Report of the King Institute of Preventive Medicine, Guindy
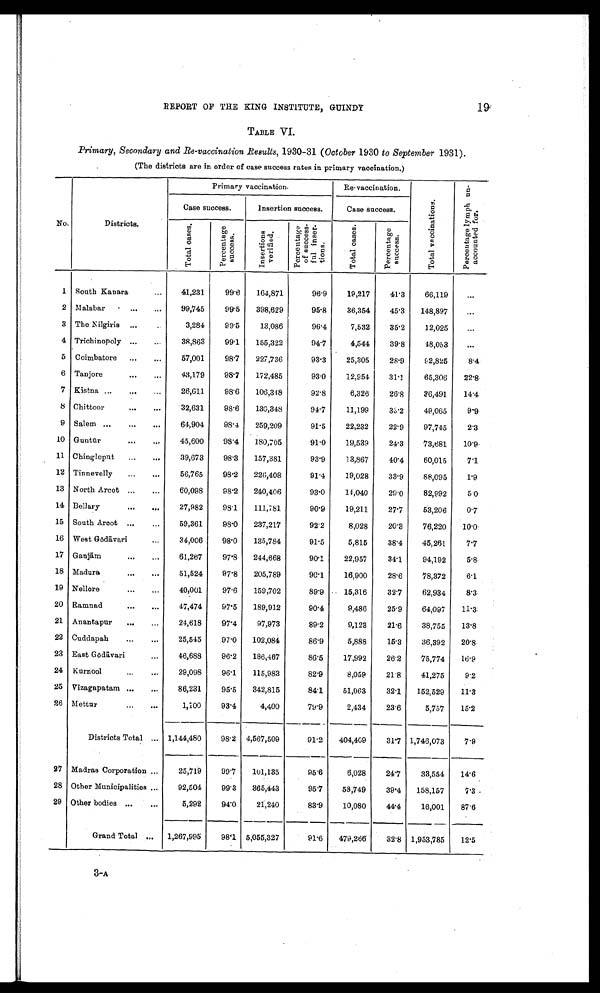
REPORT OF THE KING INSTITUTE, GUINDY
19
TABLE VI
Primary, Secondary and Re-vaccination Results, 1930-31 ( October 1930 to September 1931).
(The districts are in order of case success rates in primary vaccination.)
T o t a l c a s e s .
P e r c e n t a g e s u c c e s s .
I n s e r t i o n s v e r i f i e d .
P e r c e n t a g e o f s u c c e s s¬ f u l i n s e r ¬ t i o n s .
T o t a l c a s e s .
P e r c e n t a g e s u c c e s s .
1 South Kanara
41,231
99·6
164,871
96·9
19,217
41·3
66,119
2 Malabar
99,745
99·5
398,629
95·8
36,354
45·3
148,897
3 The Nilgiris
3,284
99·5
13,086
96·4
7,532
35·2
12,025
4 Trichinopoly
38,863
99·1
155,322
94·7
4,544
39·8
48,053
5 Coimbatore
57,001
98·7
227,736
93·3
25,305
28·9
92,825
8·4
6 Tanjore
43,179
98·7
172,485
93·0
12,954
31·1
65,306
22·8 .
7 Kistna
26,611
98·6
106,348
92·8
6,326
26·8
36,491
14·4
8 Chittoor
32,631
98·6
130,348
94·7
11,199
3 3 · 2
49,065
9·9
9 Salem
64,904
98·4
259,209
91·5
22,232
22·9
97,745
2·3
10 Guntūr
45,600
98·4
180,705
91·0
19,539
24·3
73,681
10·9
11 Chingleput
39,673
98·3
157,381
93·9
13,867
40·4
60,015
7·1
12 Tinnevelly
56,765
98·2
226,408
91·4
19,028
33·9
88,095
1·9
13 North Arcot
60,098
98·2
240,406
93·0
14,040
29·0
82,992
5·0
14 Bellary
27,982
98·1
111,781
90·9
19,211
27·7
53,206
0·7
15 South Arcot
59,361
98·0
237,217
92·2
8,028
20·3
76,220
10·0
16 West Gōdāvari
34,006
98·0
135,784
91·5
5,815
38·4
45,261
7·7
17 Ganjām
61,267
97·8
244,668
90·1
22,957
34·1
94,192
5·8
18 Madura
51,524
97·8
205,789
90·1
16,900
28·6
78,372
6·1
19 Nellore
40,001
97·6
159,702
89·9
15,316
32·7
62,934
8·3
20 Ramnad
47,474
97·5
189,912
90·4
9,486
25·9
64,097
11·3
21 Anantapur
24,618
97·4
97,973
89·2
9,123
21·6
38,755
13·8
22 Cuddapah
25,545
97·0
102,084
86·9
5,888
15·3
36,392
20·8
23
East Gōdāvari
46,688
96·2
186,467
86·5
17,992
26·2
75,774
16·9
24 Kurnool
29,098
96·1
115,983
82·9
8,059
21·8
41,275
9·2
25 Vizagapatam
86,231
95·5
342,815
84·1
51,063
32·1
152,529
11·3
26 Mettur
1,100
93·4
4,400
79·9
2,434
23·6
5,757
15·2
Districts Total
1,144,480
98·2 4,567,509
91·2
404,409
31·7 1,746,073
7·9
27 Madras Corporation
25,719
99·7
101,135
95·6
6,028
24·7
33,554
14·6
28 Other Municipalities
92,504
99·3
365,443
95·7
58,749
39·4
158,157
7·3
29 Other bodies
5,292
94·0
21,240
83·9
10,080
44·4
16,001
87·6
Grand Total
1,267,995
98·1 5,055,327
91·6
479,266
32·8
1,953,785
12·5
3-A